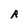
Character: R